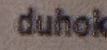
duhok